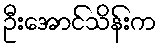
ဦးအောင်သိန်းက